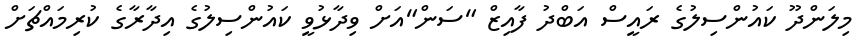
މިލަންދޫ ކައުންސިލުގެ ރައީސް އަބްދު ފާއިޒް "ސަން"އަށް ވިދާޅުވީ ކައުންސިލުގެ އިދާރާގެ ކުރިމައްޗަށް